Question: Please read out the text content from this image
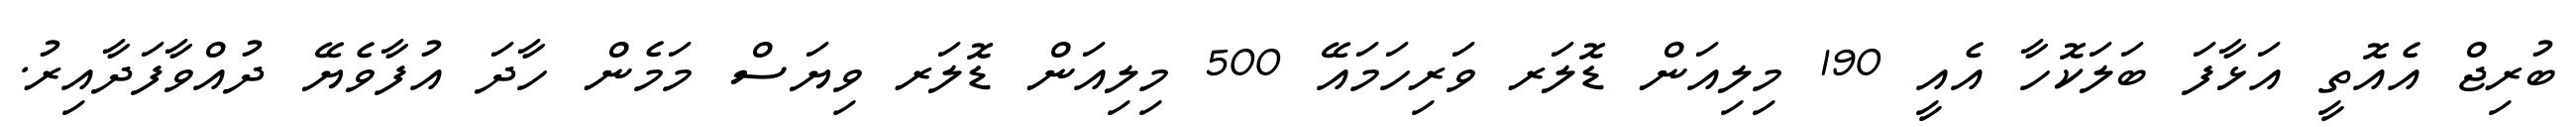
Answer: ބުރިޖް އެއޮތީ އަޅާފަ ބަލަކޮހާ އެއީ 190 މިލިއަން ޑޮލަރ ވަރިހަމައޭ 500 މިލިއަން ޑޮލަރ ވިޔަސް މަމެން ހާދަ އުފާވެޔޭ ދުއްވާފަދާއިރު.